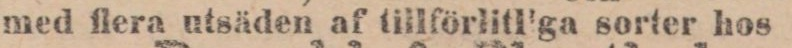
med flera utsäden af tillförlitliga sorter hos